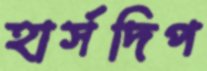
হার্সদিপ